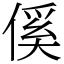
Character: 傒